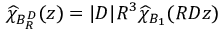
\widehat { \chi } _ { B _ { R } ^ { D } } ( z ) = | D | R ^ { 3 } \widehat { \chi } _ { B _ { 1 } } ( R D z )